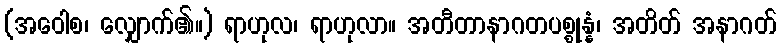
(အဝေါစ၊ လျှောက်၏။) ရာဟုလ၊ ရာဟုလာ။ အတီတာနာဂတပစ္စုန္နံ၊ အတိတ် အနာဂတ်